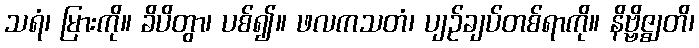
သရံ၊ မြားကို။ ခိပိတွာ၊ ပစ်၍။ ဖလကသတံ၊ ပျဉ်ချပ်တစ်ရာကို။ နိဗ္ဗိဇ္ဈတိ၊